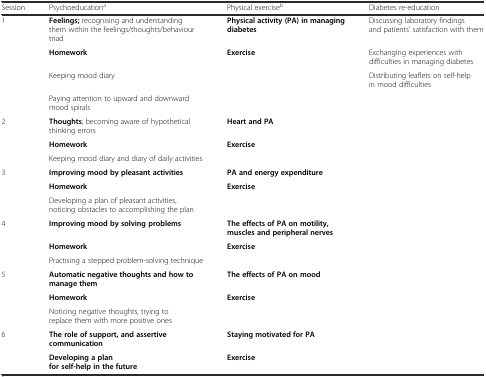
<table><thead><tr><td><b>Session</b></td><td><b>Psychoeducation<sup>a</sup></b></td><td><b>Physical exercise<sup>b</sup></b></td><td><b>Diabetes re-education</b></td></tr></thead><tbody><tr><td rowspan="4">1</td><td><b>Feelings;</b> recognising and understanding them within the feelings/thoughts/behaviour triad</td><td><b>Physical activity (PA) in managing diabetes</b></td><td>Discussing laboratory findings and patients’ satisfaction with them</td></tr><tr><td><b>Homework</b></td><td><b>Exercise</b></td><td>Exchanging experiences with difficulties in managing diabetes</td></tr><tr><td>Keeping mood diary</td><td></td><td>Distributing leaflets on self-help in mood difficulties</td></tr><tr><td>Paying attention to upward and downward mood spirals</td><td></td><td></td></tr><tr><td rowspan="3">2</td><td><b>Thoughts</b>; becoming aware of hypothetical thinking errors</td><td><b>Heart and PA</b></td><td rowspan="3"></td></tr><tr><td><b>Homework</b></td><td><b>Exercise</b></td></tr><tr><td>Keeping mood diary and diary of daily activities</td><td></td></tr><tr><td rowspan="3">3</td><td><b>Improving mood by pleasant activities</b></td><td><b>PA and energy expenditure</b></td><td rowspan="3"></td></tr><tr><td><b>Homework</b></td><td><b>Exercise</b></td></tr><tr><td>Developing a plan of pleasant activities, noticing obstacles to accomplishing the plan</td><td></td></tr><tr><td rowspan="3">4</td><td><b>Improving mood by solving problems</b></td><td><b>The effects of PA on motility, muscles and peripheral nerves</b></td><td rowspan="3"></td></tr><tr><td><b>Homework</b></td><td><b>Exercise</b></td></tr><tr><td>Practising a stepped problem-solving technique</td><td></td></tr><tr><td rowspan="3">5</td><td><b>Automatic negative thoughts and how to manage them</b></td><td><b>The effects of PA on mood</b></td><td rowspan="3"></td></tr><tr><td><b>Homework</b></td><td><b>Exercise</b></td></tr><tr><td>Noticing negative thoughts, trying to replace them with more positive ones</td><td></td></tr><tr><td>6</td><td><b>The role of support, and assertive communication</b></td><td><b>Staying motivated for PA</b></td><td rowspan="2"></td></tr><tr><td></td><td><b>Developing a plan for self-help in the future</b></td><td><b>Exercise</b></td></tr></tbody></table>